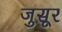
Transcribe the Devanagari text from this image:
जुसूर